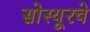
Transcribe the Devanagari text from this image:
सोस्यूरचे